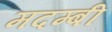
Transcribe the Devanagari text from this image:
मदम्बी